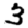
Digit: 3